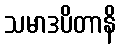
သမာဒပိတာနိ